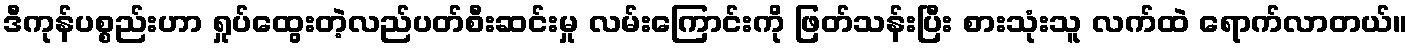
ဒီကုန်ပစ္စည်းဟာ ရှုပ်ထွေးတဲ့လည်ပတ်စီးဆင်းမှု လမ်းကြောင်းကို ဖြတ်သန်းပြီး စားသုံးသူ လက်ထဲ ရောက်လာတယ်။